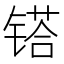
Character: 𨱏